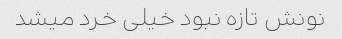
نونش تازه نبود خیلی خرد میشد